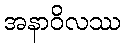
အနာဝိလဿ